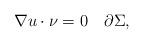
LaTeX: \begin{align*}\nabla u\cdot \nu=0\quad\partial \Sigma,\end{align*}